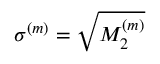
\sigma ^ { ( m ) } = \sqrt { M _ { 2 } ^ { ( m ) } }